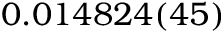
0 . 0 1 4 8 2 4 ( 4 5 )